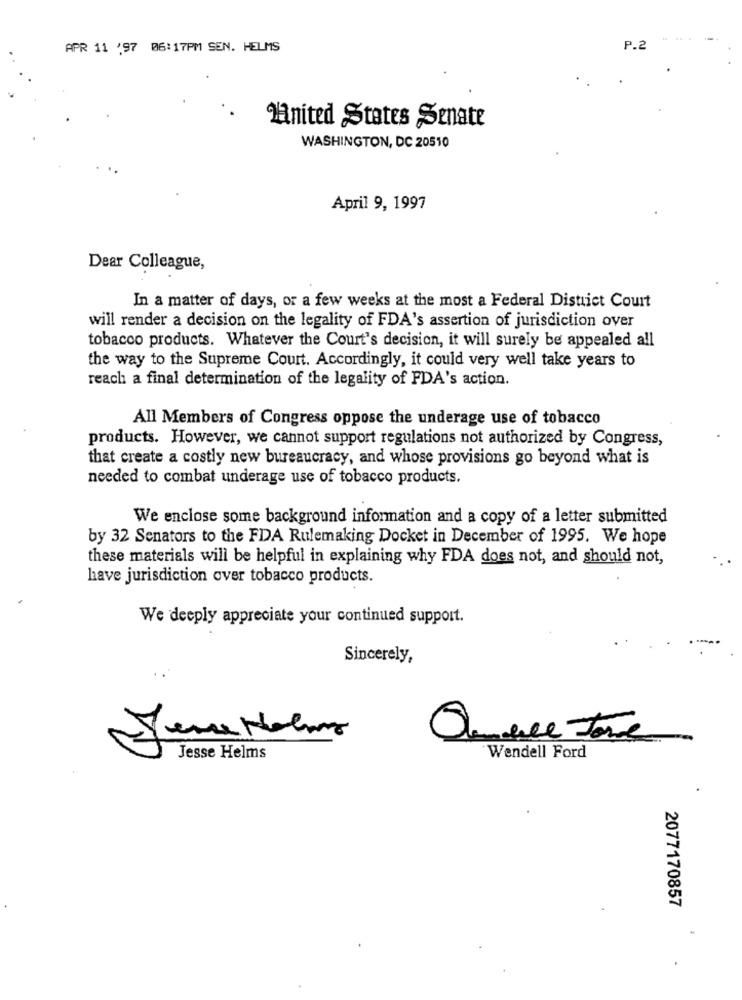
APR 11 '97 06:17PM SEN. HELMS
P.2
Mnited States Senate
WASHINGTON, DC 20510
April 9, 1997
Dear Colleague,
In a matter of days, or a few weeks at the most a Federal District Court
will render a decision on the legality of FDA's assertion of jurisdiction over
tobacco products. Whatever the Court's decision, it will surely be appealed all
the way to the Supreme Court. Accordingly, it could very well take years to
reach a final determination of the legality of FDA's action.
All Members of Congress oppose the underage use of tobacco
products. However, we cannot support regulations not authorized by Congress,
that create a costly new bureaucracy, and whose provisions go beyond what is
needed to combat underage use of tobacco products.
We enclose some background information and a copy of a letter submitted
by 32 Senators to the FDA Rulemaking Docket in December of 1995. We hope
these materials will be helpful in explaining why FDA does not, and should not,
have jurisdiction over tobacco products.
We deeply appreciate your continued support.
Sincerely,
Onale Tome
Jesse Helms
Wendell Ford
2077170857